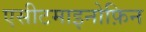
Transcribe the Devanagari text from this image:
एसीटमाइनोफ़िन